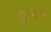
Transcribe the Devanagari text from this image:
वुन्ड्ट